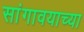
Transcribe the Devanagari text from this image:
सांगावयाच्या